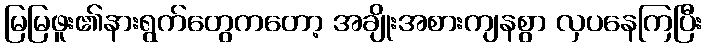
မြမြဖူး၏နားရွက်တွေကတော့ အချိုးအစားကျနစွာ လှပနေကြပြီး